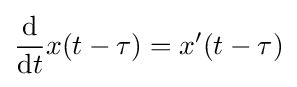
{\frac {\mathrm {d} }{\mathrm {d} t}}x(t-\tau )=x'(t-\tau )